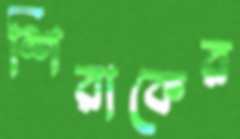
শিরাকের